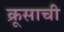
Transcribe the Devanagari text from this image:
क्रूसाची